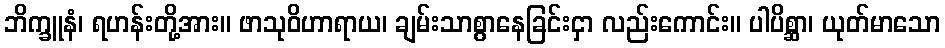
ဘိက္ခူနံ၊ ရဟန်းတို့အား။ ဖာသုဝိဟာရာယ၊ ချမ်းသာစွာနေခြင်းငှာ လည်းကောင်း။ ပါပိစ္ဆာ၊ ယုတ်မာသော